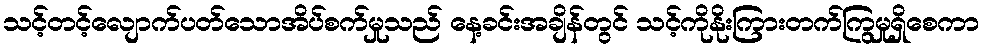
သင့်တင့်လျောက်ပတ်သောအိပ်စက်မှုသည် နေ့ခင်းအချိန်တွင် သင့်ကိုနိုးကြားတက်ကြွမှုရှိစေကာ